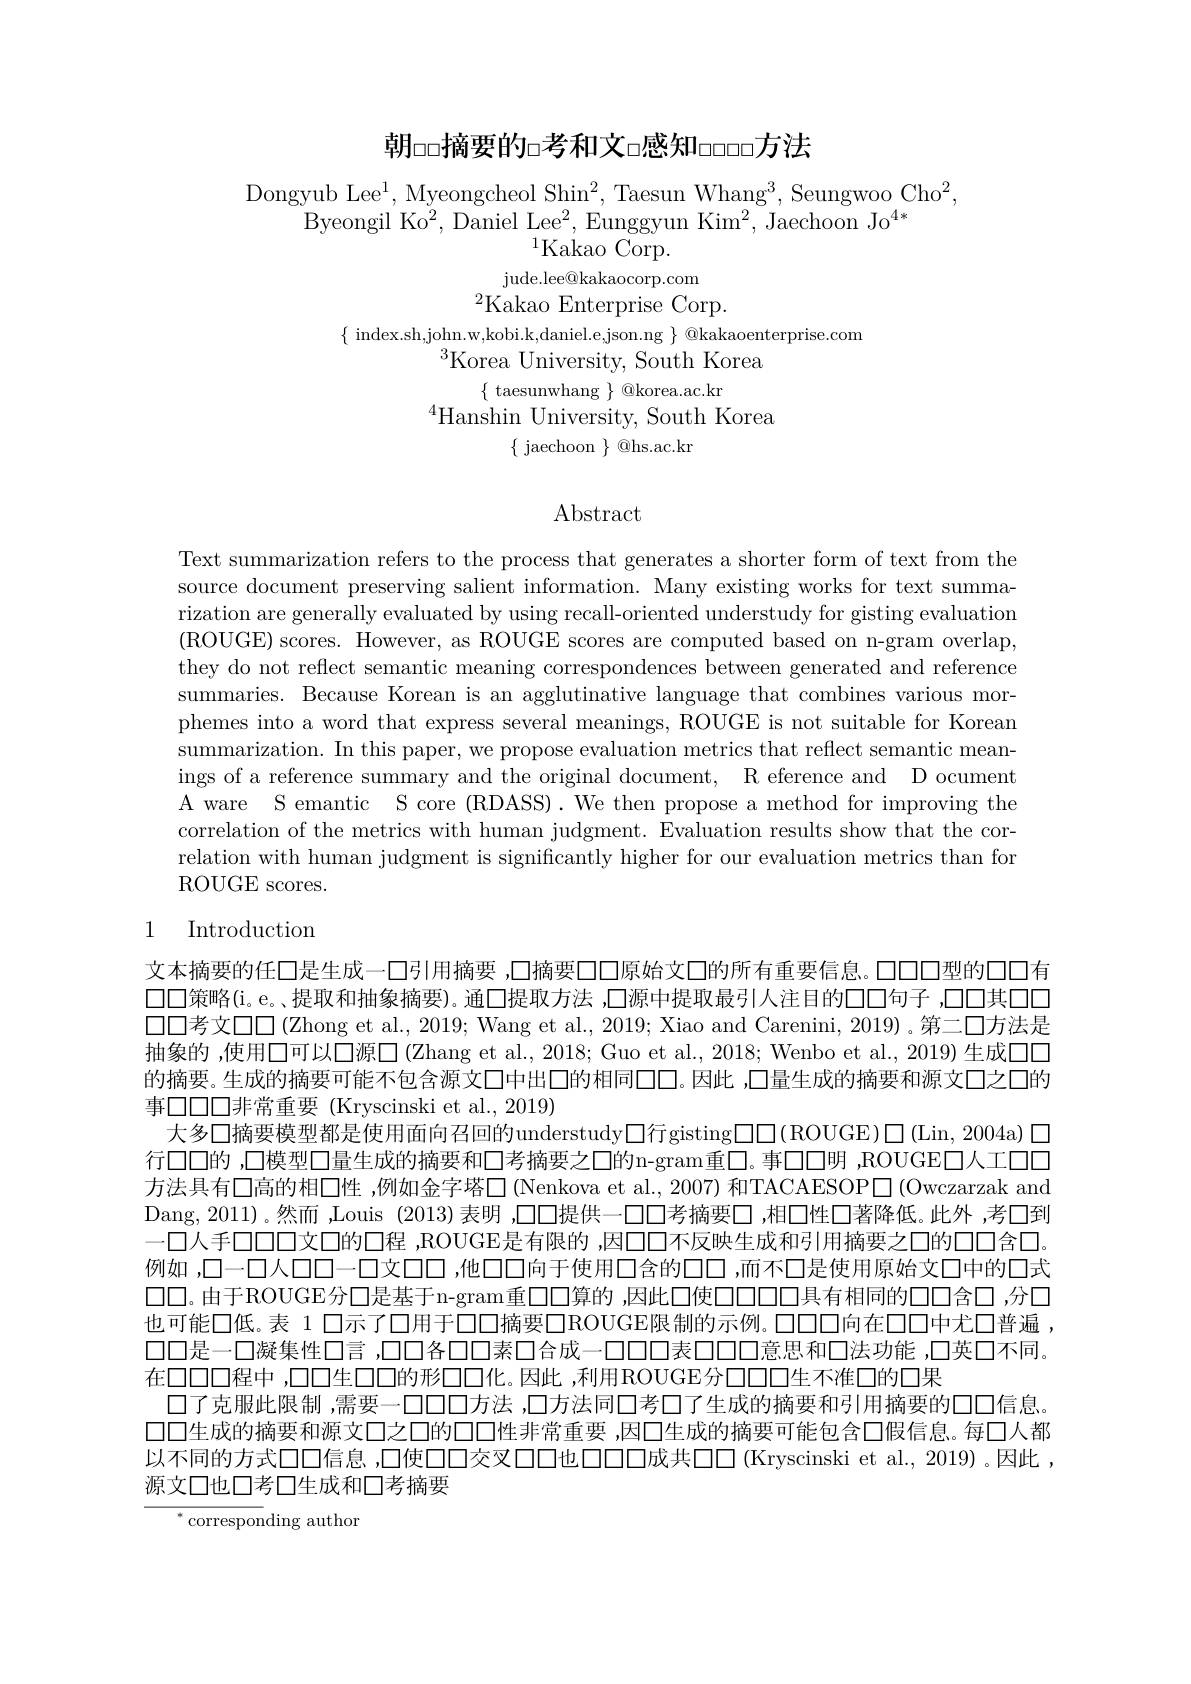
朝□□摘要的□考和文□感知□□□方法

Dongyub Lee$^1$, Myeongcheol Shin$^2$, Taesun Whang$^3$, Seungwoo Cho$^2$,
Byeongil K$o^{2}$, Daniel Le$e^{2}$, Eunggyun Ki$m^{2}$, Jaechoon J$o^{4* }$
$^{1}$Kakao Corp.
${\mathrm{jude.lee@kakaocorp.com}}$
$^{2}$Kakao Enterprise Corp.
$\{\begin{array}{c}\text{index.sh,john.w,kobi.k,daniel.e,json.ng}\end{array}\}\begin{array}{c}\textcircled {Q}\text{kakaoenterprise.com}\\\end{array}$
$^{3}$Korea University, South Korea
$\{$ taesunwhang $\}$ @korea.ac.kr
$^{4}$Hanshin University, South Korea
$\{$ jaechoon $\}$ @hs.ac.kr

# $\operatorname{Abstract}$

Text summarization refers to the process that generates a shorter form of text from the source document preserving salient information. Many existing works for text summarization are generally evaluated by using recall-oriented understudy for gisting evaluatiom ( ROUGE) scores. However, as ROUGE scores are computed based on n- gram overlap, they do not reflect semantic meaning correspondences between generated and reference summaries. Because Korean is an agglutinative language that combines various morphemes into a word that express several meanings, ROUGE is not suitable for Korean summarization. In this paper, we propose evaluation metrics that reflect semantic meanings of a reference summary and the original document, R eference and D ocument A ware S emantic S core (RDASS). We then propose a method for improving the correlation of the metrics with human judgment. Evaluation results show that the correlation with human judgment is significantly higher for our evaluation metrics than for ROUGE scores.

## 1 Introduction

文本摘要的任口是生成一口引用摘要 ,□摘要□□原始丈□的所有重要信息。口口口型的口口有口口策略(i。e。,提取和抽象摘要)。通◯提取方法 ,□源中提取最引人注目的口口句子 ,口口其口口$\square\square$考文$\square\square($Zhong et al., 2019; Wang et al., 2019; Xiao and Carenini, 2019)。第二口方法是抽象的 ,使用口可以口源口 (Zhang et al., 2018; Guo et al., 2018; Wenbo et al., 2019) 生成口口的摘要。生成的捕要可能不包含源文口中出口的相同口口。因此 ,口量生成的摘要和源文口之口的事口口口非常重要(Kryscinski et al., 2019)
大多口摘要模型都是使用面向召回的understudy$\square$行gisting$\square\square($ROUGE)$\square($Lin, 2004a) 口行口口的 ,口模型口量生成的摘要和口考摘要之口的n-gram重口。事口口明 ,ROUGED人工口口方法具有口高的相◯性 ,例如金字塔□(Nenkova et al., 2007) 和TACAESOP$\square$(Owczarzak and Dang,2011)。然而 ,Louis (2013) 表明 ,口口提供一口口考摘要口 ,相口性口著降低。此外 ,考口到一口人手口口口文口的口程 ,ROUGE是有限的 ,因口口不反映生成和引用摘要之口的口口含口例如 ,口—口人口口—口文口口 ,他口口向于使用口含的口口 ,而不口是使用原始文口中的口式口口。由于ROUGE分口是基于n-gram重口口算的，因此口使口口口口具有相同的口口含口，分口也可能口低。表 1 口示了口用于口口口摘要口ROUGE限制的示例。口口口向在口口中尤口普遍， 口口是一口凝集性口言，口口各口口素口合成一口口口表口口口意思和口法功能，口英口不同。在口口口程中，口口生口口的形口口化。因此 ,利用ROUGE分口口口生不准口的口果
口了克服此限制 ,需要一口口口方法 ,口方法同口考口了生成的摘要和引用摘要的口口信息。口口生成的摘要和源文口之口的口口性非常重要，因口生成的摘要可能包含口假信息。每口人都以不同的方式口口信息，口使口口交叉口口也口口成共口口(Kryscinski et al., 2019) 。因此， 源文口也口考口生成和口考摘要
${^*}{\mathrm{correspon}}$ding author